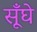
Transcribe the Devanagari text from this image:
सूँघे